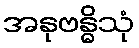
အနုဗန္ဓိသုံ